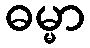
ဓမ္မာ